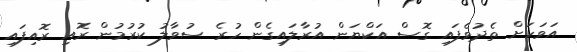
އަވަހަށް ތެދުވެފައި ގޮސް އަކްޔަން އުރާލައިގެން ހުރެ ސުވާލު ކުރުމުން ރޮއި ރޮއިފައި